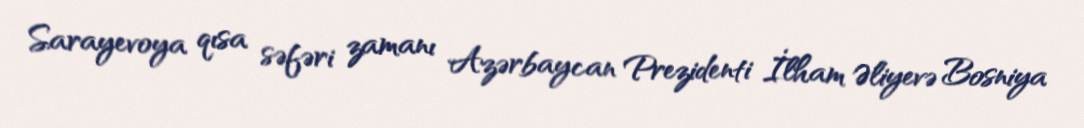
Sarayevoya qısa səfəri zamanı Azərbaycan Prezidenti İlham Əliyevə Bosniya